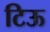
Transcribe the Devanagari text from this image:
टिऊ